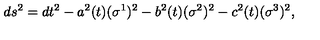
d s ^ { 2 } = d t ^ { 2 } - a ^ { 2 } ( t ) ( \sigma ^ { 1 } ) ^ { 2 } - b ^ { 2 } ( t ) ( \sigma ^ { 2 } ) ^ { 2 } - c ^ { 2 } ( t ) ( \sigma ^ { 3 } ) ^ { 2 } ,